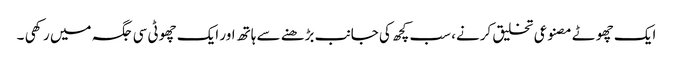
ایک چھوٹے مصنوعی تخلیق کرنے، سب کچھ کی جانب بڑھنے سے ہاتھ اور ایک چھوٹی سی جگہ میں رکھی ۔